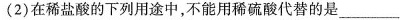
(2)在稀盐酸的下列用途中，不能用稀硫酸代替的是___